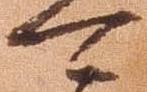
可